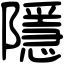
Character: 隱